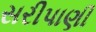
સરીપાણી